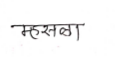
मजकूर: म्हसळा